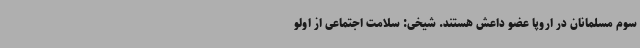
سوم مسلمانان در اروپا عضو داعش هستند. شیخی: سلامت اجتماعی از اولو